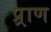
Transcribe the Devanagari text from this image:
प्र्राण